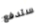
ستدفع